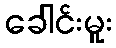
ခေါင်းမူး